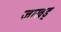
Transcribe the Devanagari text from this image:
जाखड्